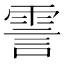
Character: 霅